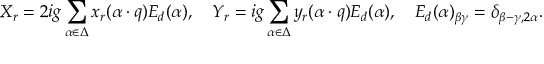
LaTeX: X _ { r } = 2 i g \sum _ { \alpha \in \Delta } x _ { r } ( \alpha \cdot q ) E _ { d } ( \alpha ) , \quad Y _ { r } = i g \sum _ { \alpha \in \Delta } y _ { r } ( \alpha \cdot q ) E _ { d } ( \alpha ) , \quad E _ { d } ( \alpha ) _ { \beta \gamma } = \delta _ { \beta - \gamma , 2 \alpha } .